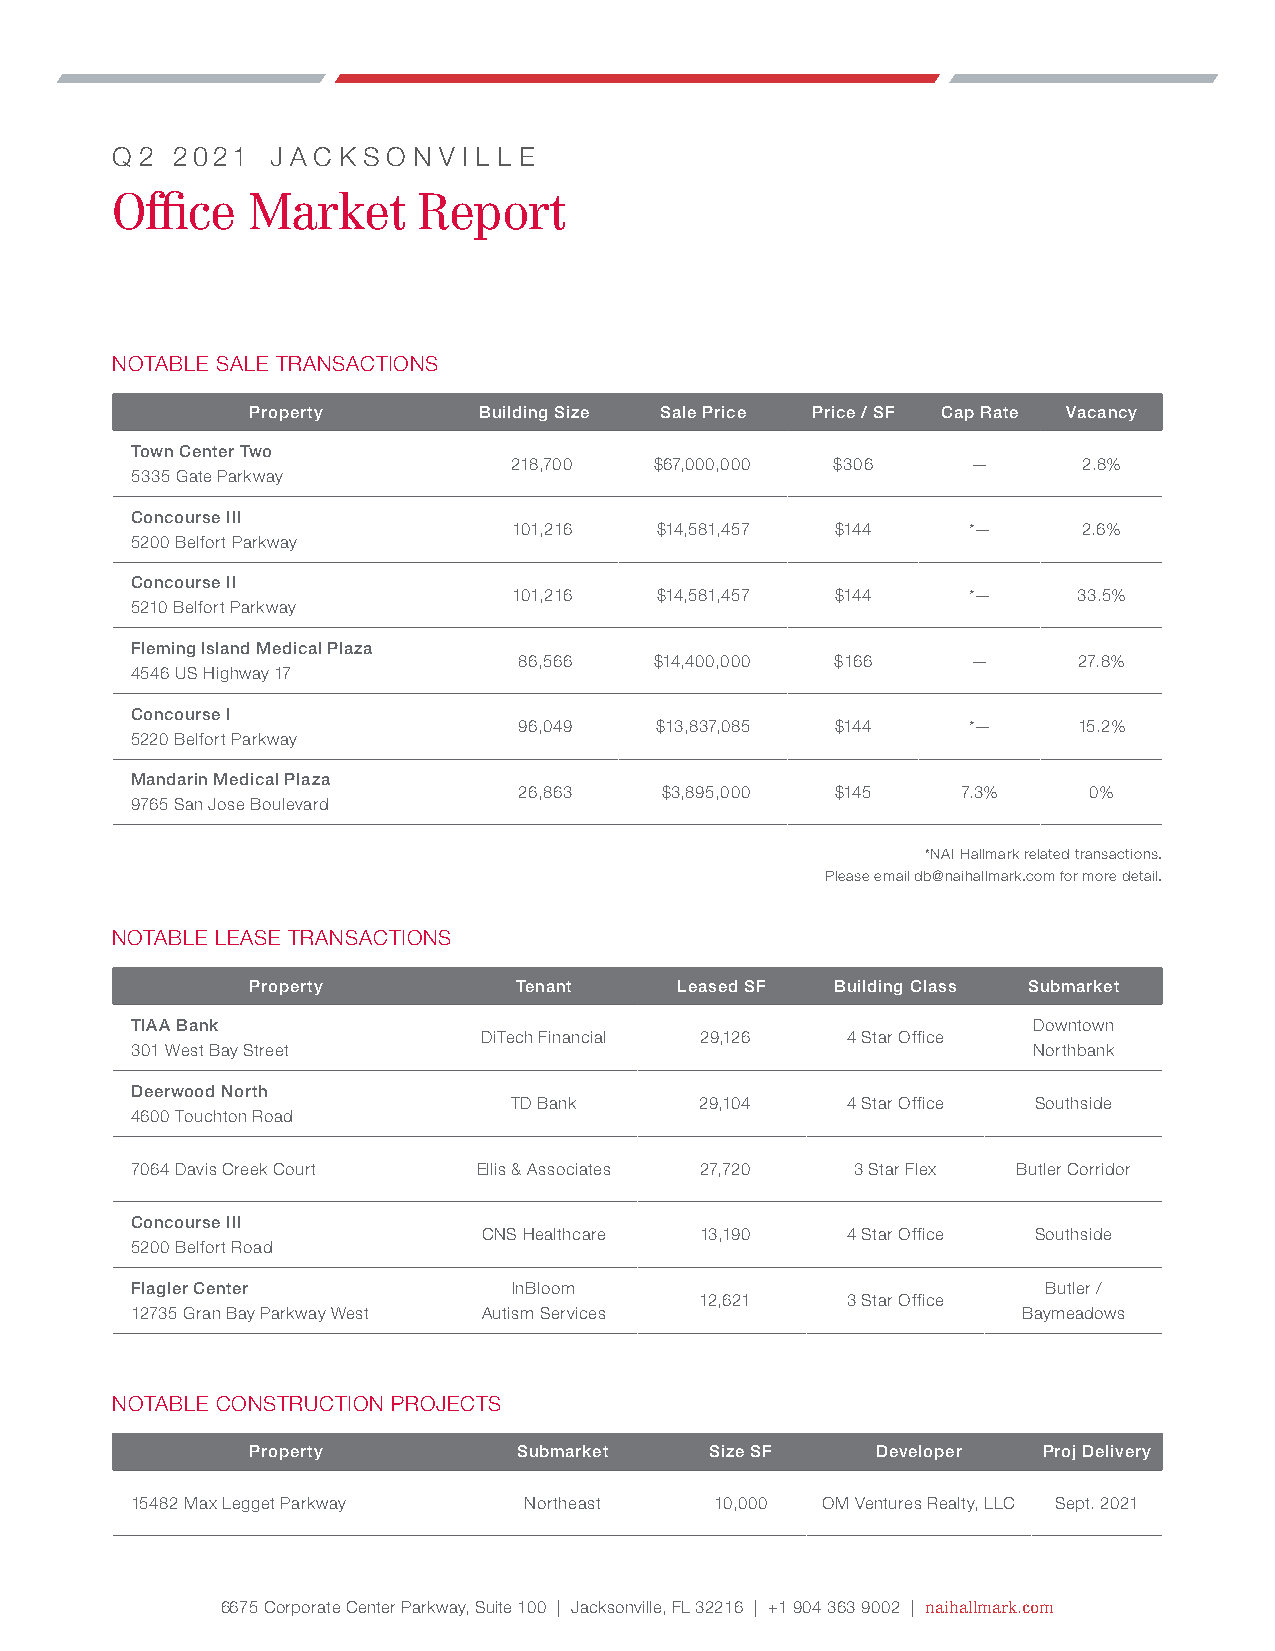
q 2 2021   j a c k s o n v i l l e
 Office   Market      Report
 NOTABLE SALE TRANSACTIONS
 Property        Building Size Sale Price Price / SF Cap Rate Vacancy
 Town Center Two
 218,700  $67,000,000 $306     —       2.8%
 5335 Gate Parkway
 Concourse III
 101,216  $14,581,457 $144     *—      2.6%
 5200 Belfort Parkway
 Concourse II
 101,216  $14,581,457 $144     *—     33.5%
 5210 Belfort Parkway
 Fleming Island Medical Plaza
 86,566   $14,400,000 $166     —      27.8%
 4546 US Highway 17
 Concourse I
 96,049   $13,837,085 $144     *—     15.2%
 5220 Belfort Parkway
 Mandarin Medical Plaza
 26,863    $3,895,000 $145     7.3%    0%
 9765 San Jose Boulevard
 *NAI Hallmark related transactions.
 Please email db@naihallmark.com for more detail.
 NOTABLE LEASE TRANSACTIONS
 Property          Tenant     Leased SF Building Class Submarket
 TIAA Bank                                                  Downtown
 DiTech Financial 29,126 4 Star Office
 301 West Bay Street                                        Northbank
 Deerwood North
 TD Bank     29,104    4 Star Office Southside
 4600 Touchton Road
 7064 Davis Creek Court Ellis & Associates 27,720 3 Star Flex Butler Corridor
 Concourse III
 CNS Healthcare 13,190   4 Star Office Southside
 5200 Belfort Road
 Flagler Center           InBloom                            Butler /
 12,621    3 Star Office
 12735 Gran Bay Parkway West Autism Services                Baymeadows
 NOTABLE CONSTRUCTION PROJECTS
 Property          Submarket    Size SF    Developer  Proj Delivery
 15482 Max Legget Parkway  Northeast   10,000 OM Ventures Realty, LLC Sept. 2021
 6675 Corporate Center Parkway, Suite 100 | Jacksonville, FL 32216 | +1 904 363 9002 | naihallmark.com